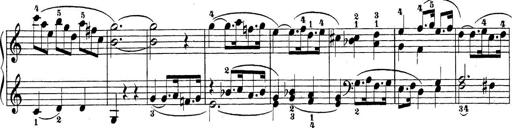
Title: Sonatina Album
Composer: Louis KÃ¶hler